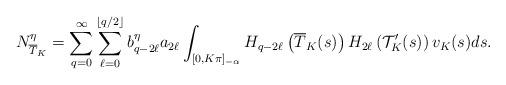
LaTeX: \begin{align*}N^{\eta}_{\overline{T}_K}=\sum^{\infty}_{q=0}\sum^{\left\lfloor q/2\right\rfloor}_{\ell=0}b^{\eta}_{q-2\ell}a_{2\ell}\int_{[0,K\pi]_{-\alpha}}H_{q-2\ell}\left(\overline{T}_K(s)\right)H_{2\ell}\left(\mathcal {T}^{\prime}_K(s)\right)v_K(s)ds.\end{align*}